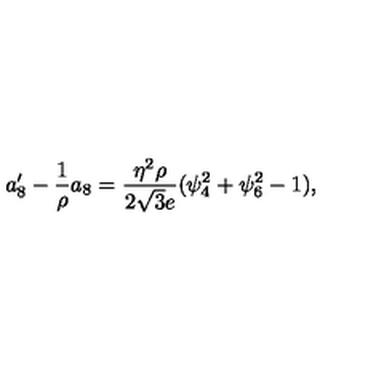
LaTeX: a _ { 8 } ^ { \prime } - \frac { 1 } { \rho } a _ { 8 } = \frac { \eta ^ { 2 } \rho } { 2 \sqrt { 3 } e } ( \psi _ { 4 } ^ { 2 } + \psi _ { 6 } ^ { 2 } - 1 ) ,